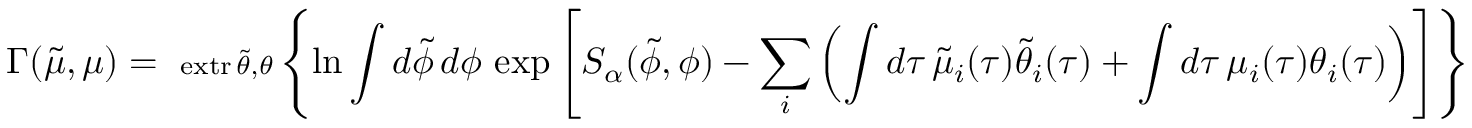
\Gamma ( \tilde { \mu } , \mu ) = \substack { \mathrm { \normalsize ~ e x t r } \, \tilde { \theta } , \theta } \left\lbrace \ln \int d \tilde { \phi } \, d \phi \, \exp \left[ S _ { \alpha } ( \tilde { \phi } , \phi ) - \sum _ { i } \left( \int d \tau \, \tilde { \mu } _ { i } ( \tau ) \tilde { \theta } _ { i } ( \tau ) + \int d \tau \, \mu _ { i } ( \tau ) \theta _ { i } ( \tau ) \right) \right] \right\rbrace